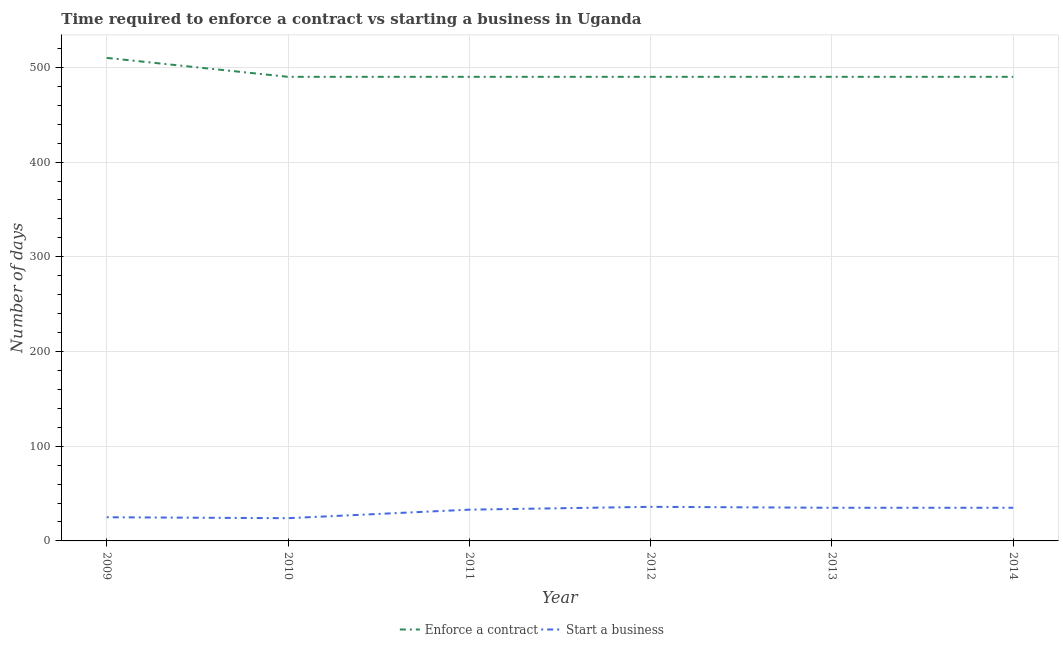
| Year | Enforce a contract | Start a business |
 | --- | --- | --- |
 | 2009 | 510 | 25 |
 | 2010 | 490 | 24 |
 | 2011 | 490 | 33 |
 | 2012 | 490 | 36 |
 | 2013 | 490 | 35 |
 | 2014 | 490 | 35 |